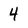
Character: 4